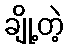
ချို့တဲ့